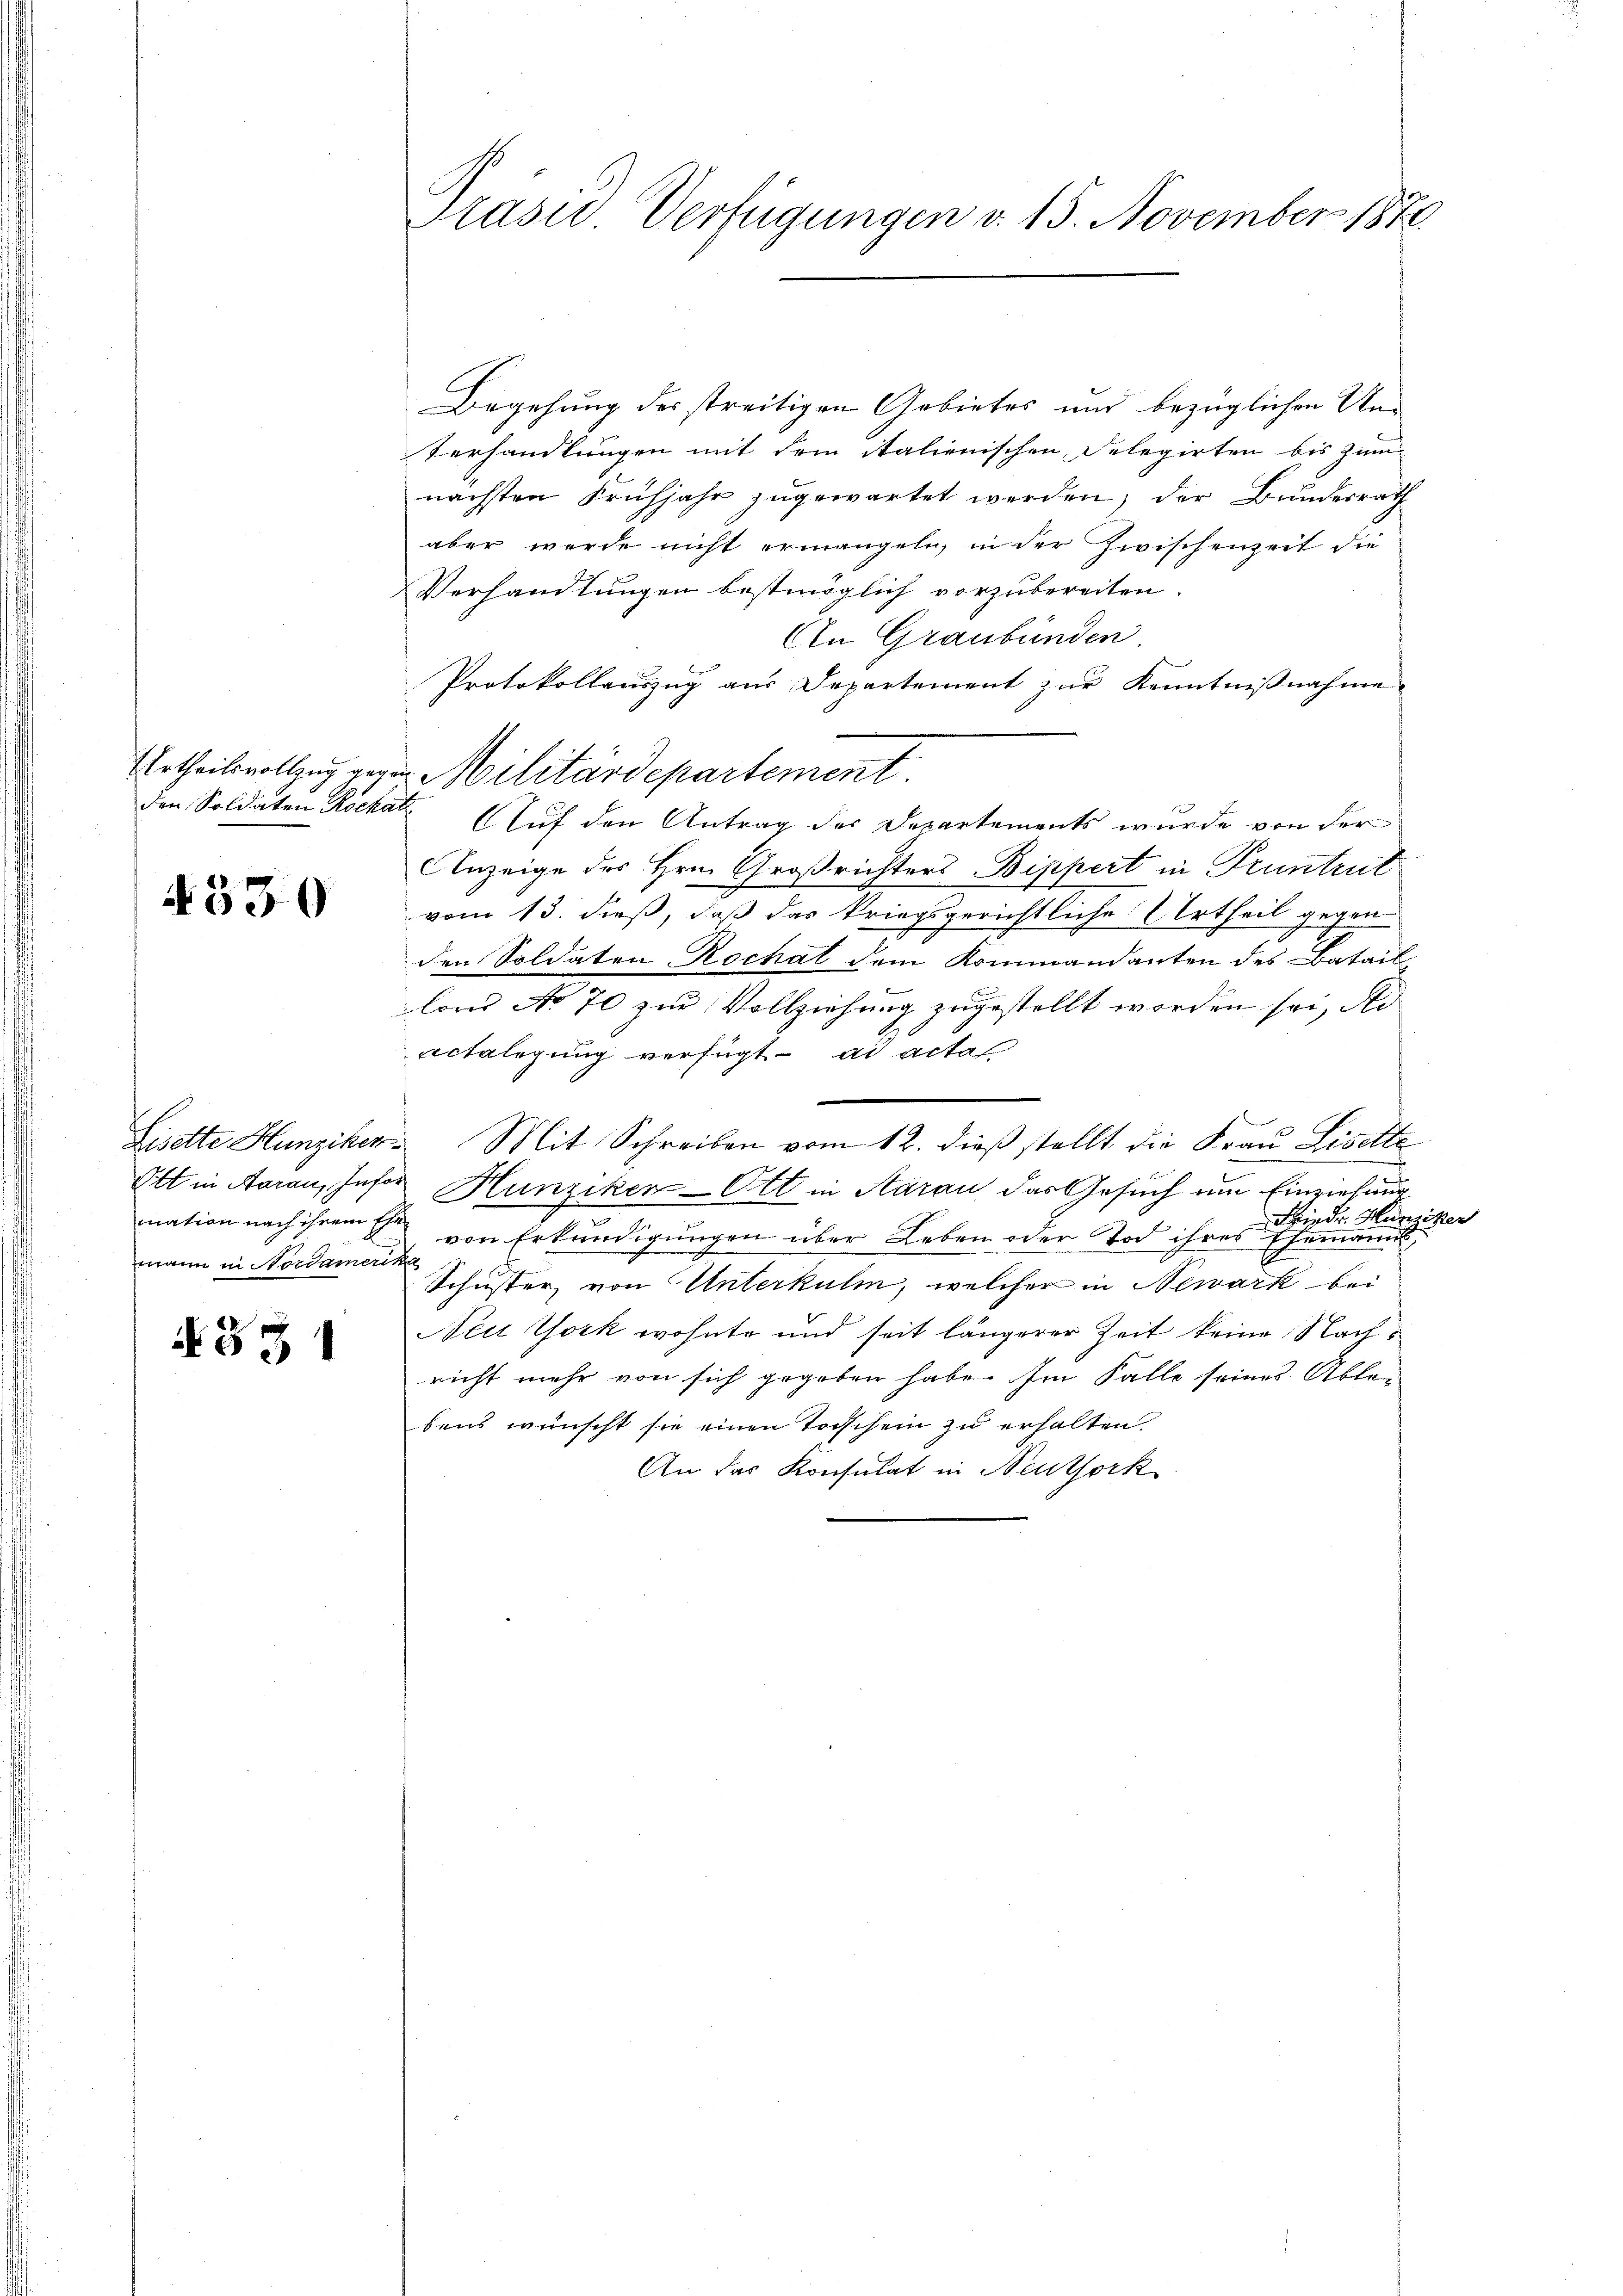
4530

mann in Nordamerika

4331

Prasid. Verfügungen v. 15. November 1870.

Begehung des streitigen Gebietes und bezüglichen Un¬
Verhandlungen mit dem italienischen Delegirten bis zum
nächsten Frühjahr zŭgewartet werden, der Bundesrath
aber werde nicht ermangeln, in der Zwischenzeit die
Verhandlungen bestimöglich vorzubereiten.
An Graubünden
Protokollauszug aus Departement zur Kenntnißnahme
Urtheilsvollzug gegen Militärdepartement.
den Soldaten Röcka Auf den Antrag der Departements wurde von der
Anzeige des Hrn. Großrichters Bippert in Pruntrut
vom 13. dieß, daß das kriegsgerichtliche Urtheil gegen
den Soldaten Rochat dem Kommandanten des Batail
lond No 70 zur Vollziehung zugestellt worden sei, die
actalegung verfügt ad actat
Liselte Hunziker. Mit Schreiben vom 12. dieß stellt die Frau Liselte
Ett in Aarau, Insor Hunziker Ott in Aarau das Gesuch um Einziehung
Friedr. Hunziker
mation nach ihrem Ehe von Erkundigungen über Leben oder Tod ihres Ehemann,
Schuster, von Unterkulm, welcher in Newark bei
Neu York wohnte und seit längerer Zeit keine Nachricht mehr von sich gegeben habe. Im Falle seines Ablebens wünscht sie einen Toischein zu erhalten.
An der Konsulat in Neuthork